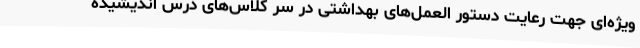
ویژه‌ای جهت رعایت دستور العمل‌های بهداشتی در سر کلاس‌های درس اندیشیده